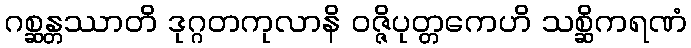
ဂစ္ဆန္တဿာတိ ဒုဂ္ဂတကုလာနိ ဝဇ္ဇိပုတ္တကေဟိ သစ္ဆိကရဏံ